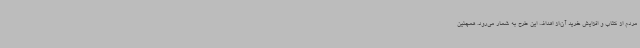
مردم از کتاب و افزایش خرید آن،از اهداف این طرح به شمار می‌رود. همچنین